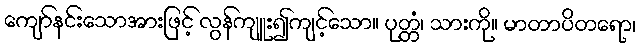
ကျော်နင်းသောအားဖြင့် လွန်ကျူး၍ကျင့်သော။ ပုတ္တံ၊ သားကို။ မာတာပိတရော၊